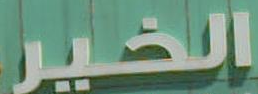
الخير